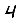
Digit: 4